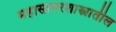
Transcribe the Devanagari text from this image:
महासागरशास्त्रातील